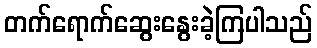
တက်ရောက်ဆွေးနွေးခဲ့ကြပါသည်